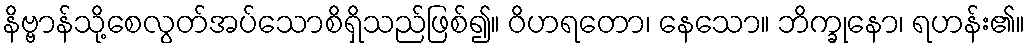
နိဗ္ဗာန်သို့စေလွတ်အပ်သောစိရှိသည်ဖြစ်၍။ ဝိဟရတော၊ နေသော။ ဘိက္ခုနော၊ ရဟန်း၏။